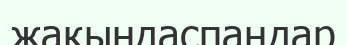
жақындаспаңдар